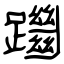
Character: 躖